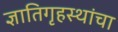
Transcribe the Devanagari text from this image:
ज्ञातिगृहस्थांचा